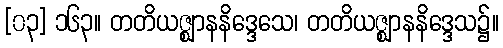
[၀၃] ၁၆၃။ တတိယဇ္ဈာနနိဒ္ဒေသေ၊ တတိယဇ္ဈာနနိဒ္ဒေသ၌။